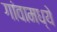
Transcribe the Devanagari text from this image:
गांवामध्ये